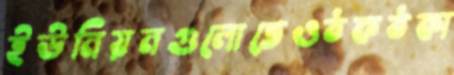
ইউনিয়নগুলোতেওঠকঠকা